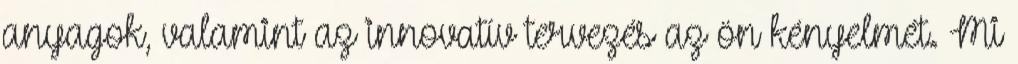
anyagok, valamint az innovatív tervezés az ön kényelmét. Mi